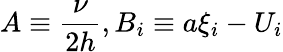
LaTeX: A\equiv\frac{\nu}{2h},B_{i}\equiv a\xi_{i}-U_{i}